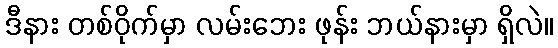
ဒီနား တစ်ဝိုက်မှာ လမ်းဘေး ဖုန်း ဘယ်နားမှာ ရှိလဲ။